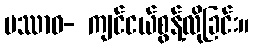
ပဿာဝ- ကျင်ငယ်စွန့်လိုခြင်း။